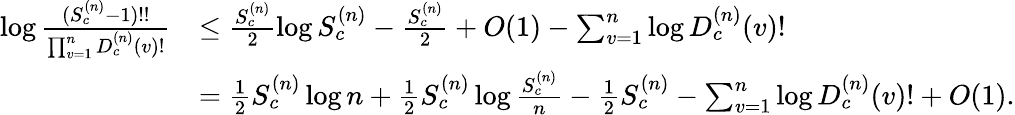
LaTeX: \begin{array}{rl}{\log\frac{(S_{c}^{(n)}-1)!!}{\prod_{v=1}^{n}D_{c}^{(n)}(v)!}}&{\leq\frac{S_{c}^{(n)}}{2}\log S_{c}^{(n)}-\frac{S_{c}^{(n)}}{2}+O(1)-\sum_{v=1}^{n}\log D_{c}^{(n)}(v)!}\\ &{=\frac{1}{2}S_{c}^{(n)}\log n+\frac{1}{2}S_{c}^{(n)}\log\frac{S_{c}^{(n)}}{n}-\frac{1}{2}S_{c}^{(n)}-\sum_{v=1}^{n}\log D_{c}^{(n)}(v)!+O(1).}\end{array}